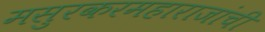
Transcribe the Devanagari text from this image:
मसुरकरमहाराजांची